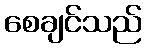
စေချင်သည်